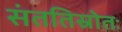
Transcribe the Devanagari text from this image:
संततिस्रोतः